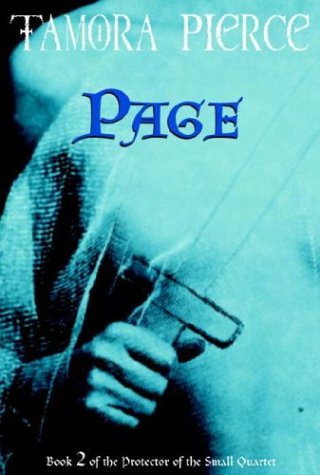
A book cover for Page: Book 2 of the Protector of the Small Quartet; Tamora Pierce; Teen & Young Adult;